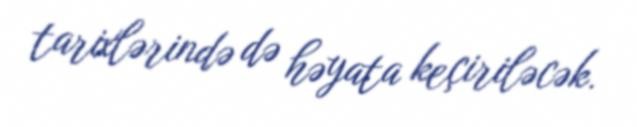
tarixlərində də həyata keçiriləcək.